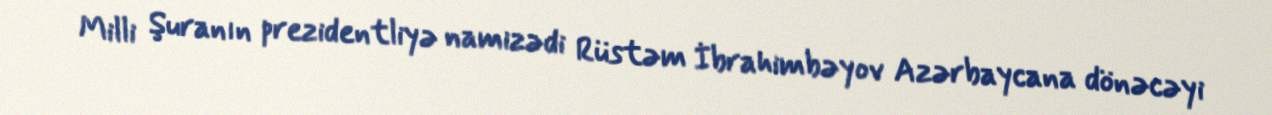
Milli Şuranın prezidentliyə namizədi Rüstəm İbrahimbəyov Azərbaycana dönəcəyi